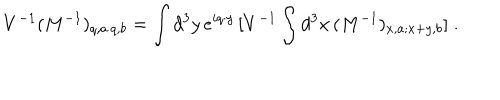
V ^ { - 1 } ( M ^ { - 1 } ) _ { q , a : q , b } = \int d ^ { 3 } y \, e ^ { i q \cdot y } \, [ V ^ { - 1 } \int d ^ { 3 } x \, ( M ^ { - 1 } ) _ { x , a ; x + y , b } ] \; \mathrm { . }